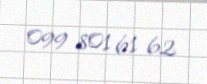
099 801 61 62